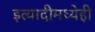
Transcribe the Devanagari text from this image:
इत्यादीमध्येही